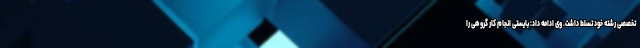
تخصصی رشته خود تسلط داشت. وی ادامه داد: بایستی انجام کار گروهی را